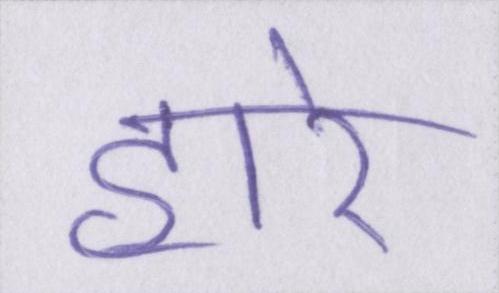
हारे